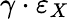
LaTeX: \gamma\cdot\varepsilon_{X}